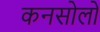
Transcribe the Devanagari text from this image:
कनसोलों